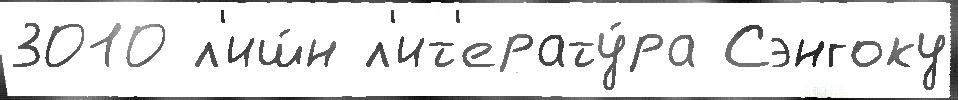
3010 л'иш́н л'ит'ерату́ра Сэнгоку